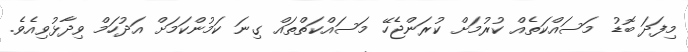
މިފަދަ ބޮޑު މަސައްކަތެއް ކުރުމަށް ކުރަންޖެހޭ މަސައްކަތްތައް ގިނަ ކަމުންކަމަށް އަދުހަމް ވިދާޅުވިއެވެ.